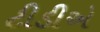
ટીડીએ